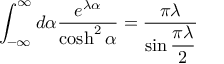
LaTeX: \int _ { - \infty } ^ { \infty } d \alpha \frac { e ^ { \lambda \alpha } } { \cosh ^ { 2 } \alpha } = \frac { \pi \lambda } { \sin \displaystyle \frac { \pi \lambda } { 2 } }